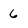
Character: 6